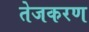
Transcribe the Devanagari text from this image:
तेजकरण